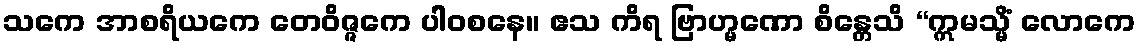
သကေ အာစရိယကေ တေဝိဇ္ဇကေ ပါဝစနေ။ ဧသ ကိရ ဗြာဟ္မဏော စိန္တေသိ “ဣမသ္မိံ လောကေ